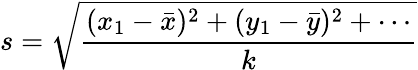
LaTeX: s={\sqrt{\frac{(x_{1}-{\bar{x}})^{2}+(y_{1}-{\bar{y}})^{2}+\cdots}{k}}}